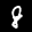
Label: 8